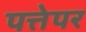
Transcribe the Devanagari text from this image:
पत्तेपर